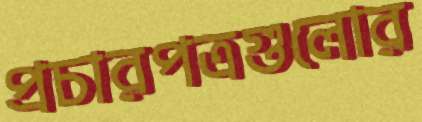
প্রচারপত্রগুলোর